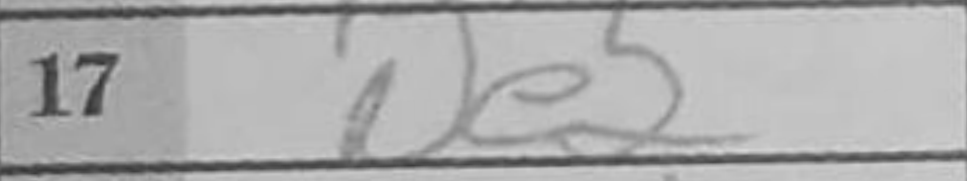
Transcription: Ne2